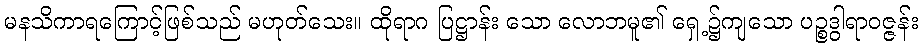
မနသိကာရကြောင့်ဖြစ်သည် မဟုတ်သေး။ ထိုရာဂ ပြဋ္ဌာန်း သော လောဘမူ၏ ရှေ့၌ကျသော ပဉ္စဒွါရာဝဇ္ဇန်း